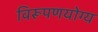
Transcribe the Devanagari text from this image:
विरूपणयोग्य